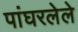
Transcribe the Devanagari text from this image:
पांघरलेले